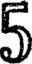
5